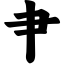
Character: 肀